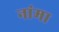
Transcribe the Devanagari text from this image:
नांमा